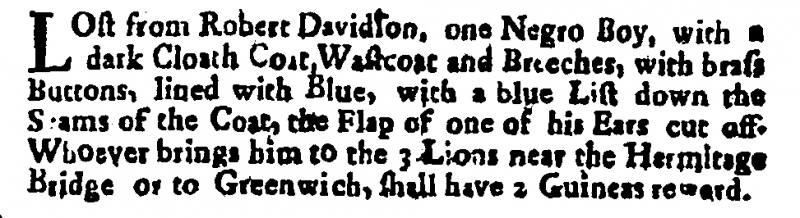
Post Man and the Historical Account, 7 October 1704 (England)
LOst from Robert Davidson, one Negro Boy, with a dark Cloath Coat, Wastcoat and Breeches, with brass Buttons, lined with Blue, with a blue List down the Seams of the Coat, the Flap of one of his Ears cut off. Whoever brings him to the 3 Lions near the Hermitage Bridge or to Greenwich, shall have 2 Guineas reward.